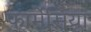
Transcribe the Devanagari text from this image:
फार्मेसियां